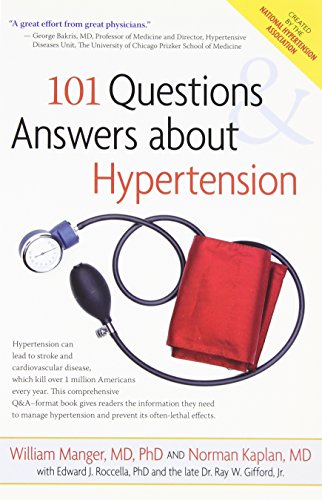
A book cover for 101 Questions and Answers About Hypertension; William  M. Manger; Health, Fitness & Dieting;